Plague in India, 1896, 1897 - Volume 1
Year: 1896
Disease focus: Plague
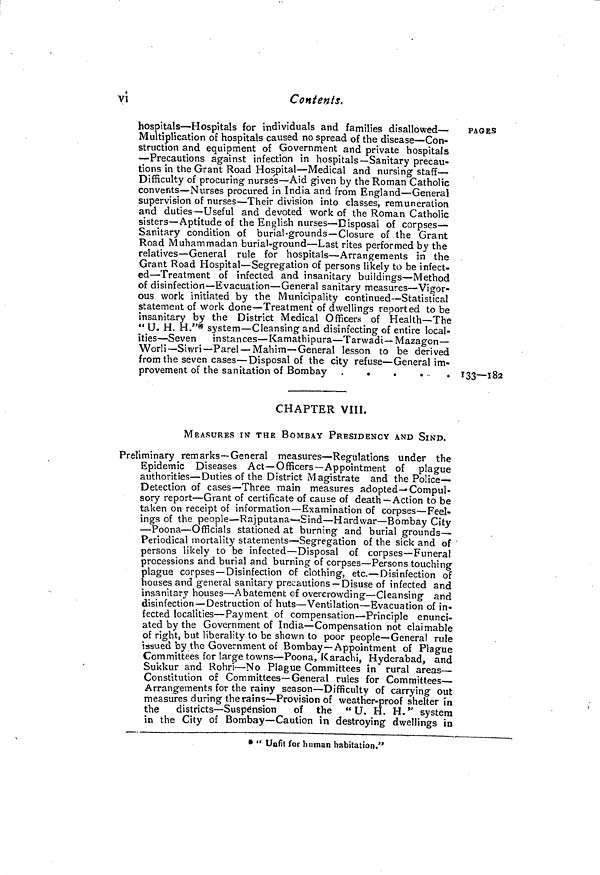
vi
Contents.
hospitals — Hospitals for individuals and families disallowed —
Multiplication of hospitals caused no spread of the disease— Con-
struction and equipment of Government and private hospitals
— Precautions against infection in hospitals— Sanitary precau-
tions in the Grant Road Hospital — Medical and nursing staff —
Difficulty of procuring nurses—Aid given by the Roman Catholic
convents — Nurses procured in India and from England — General
supervision of nurses — Their division into classes, remuneration
and duties— Useful and devoted work of the Roman Catholic
sisters— Aptitude of the English nurses — Disposal of corpses —
Sanitary condition of burial grounds— Closure of the Grant
Road Muhammadan burial-ground — Last rites performed by the
relatives — General rule for hospitals — Arrangements in the
Grant Road Hospital — Segregation of persons likely to be infect-
ed — Treatment of infected and insanitary buildings — Method
of disinfection — Evacuation — General sanitary measures— Vigor-
ous work initiated by the Municipality continued — Statistical
statement of work done — Treatment of dwellings reported to be
insanitary by the District Medical Officers of Health— The
" U. H. H."* system — Cleansing and disinfecting of entire local-
ities — Seven
instances — Kamathipura — Tarwadi— Mazagon —
Worli — Siwri — Parel — Mahim — General lesson to be derived
from the seven cases — Disposal of the city refuse — General im-
provement of the sanitation of Bombay
.....
PAGES
133—182
CHAPTER VIII.
MEASURES IN THE BOMBAY PRESIDENCY AND SIND.
Preliminary remarks—General measures—Regulations under the
Epidemic Diseases Act—Officers—Appointment of plague
authorities—Duties of the District Magistrate and the Police—
Detection of cases—Three main measures adopted—Compul-
sory report—Grant of certificate of cause of death—Action to be
taken on receipt of information—Examination of corpses—Feel-
ings of the people—Rajputana—Sind—Hardwar—Bombay City
—Poona—Officials stationed at burning and burial grounds—
Periodical mortality statements—Segregation of the sick and of
persons likely to be infected—Disposal of corpses—Funeral
processions and burial and burning of corpses—Persons touching
plague corpses —Disinfection of clothing, etc.—Disinfection of
houses and general sanitary precautions — Disuse of infected and
insanitary houses — Abatement of overcrowding—Cleansing and
disinfection — Destruction of huts— Ventilation— Evacuation of in-
fected localities—Payment of compensation—Principle enunci-
ated by the Government of India—Compensation not claimable
of right, but liberality to be shown to poor people—General rule
issued by the Government of Bombay— Appointment of Plague
Committees for large towns— Poona, Karachi, Hyderabad, and
Sukkur and Rohri—No Plague Committees in" rural areas—
Constitution of Committees—General rules for Committees—
Arrangements for the rainy season—Difficulty of carrying out
measures during the rains—Provision of weather-proof shelter in
the
districts—Suspension
of the " U. H. H." system
in the City of Bombay—Caution in destroying dwellings in
* " Unfit for human habitation."